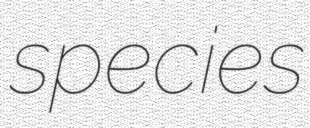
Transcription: species